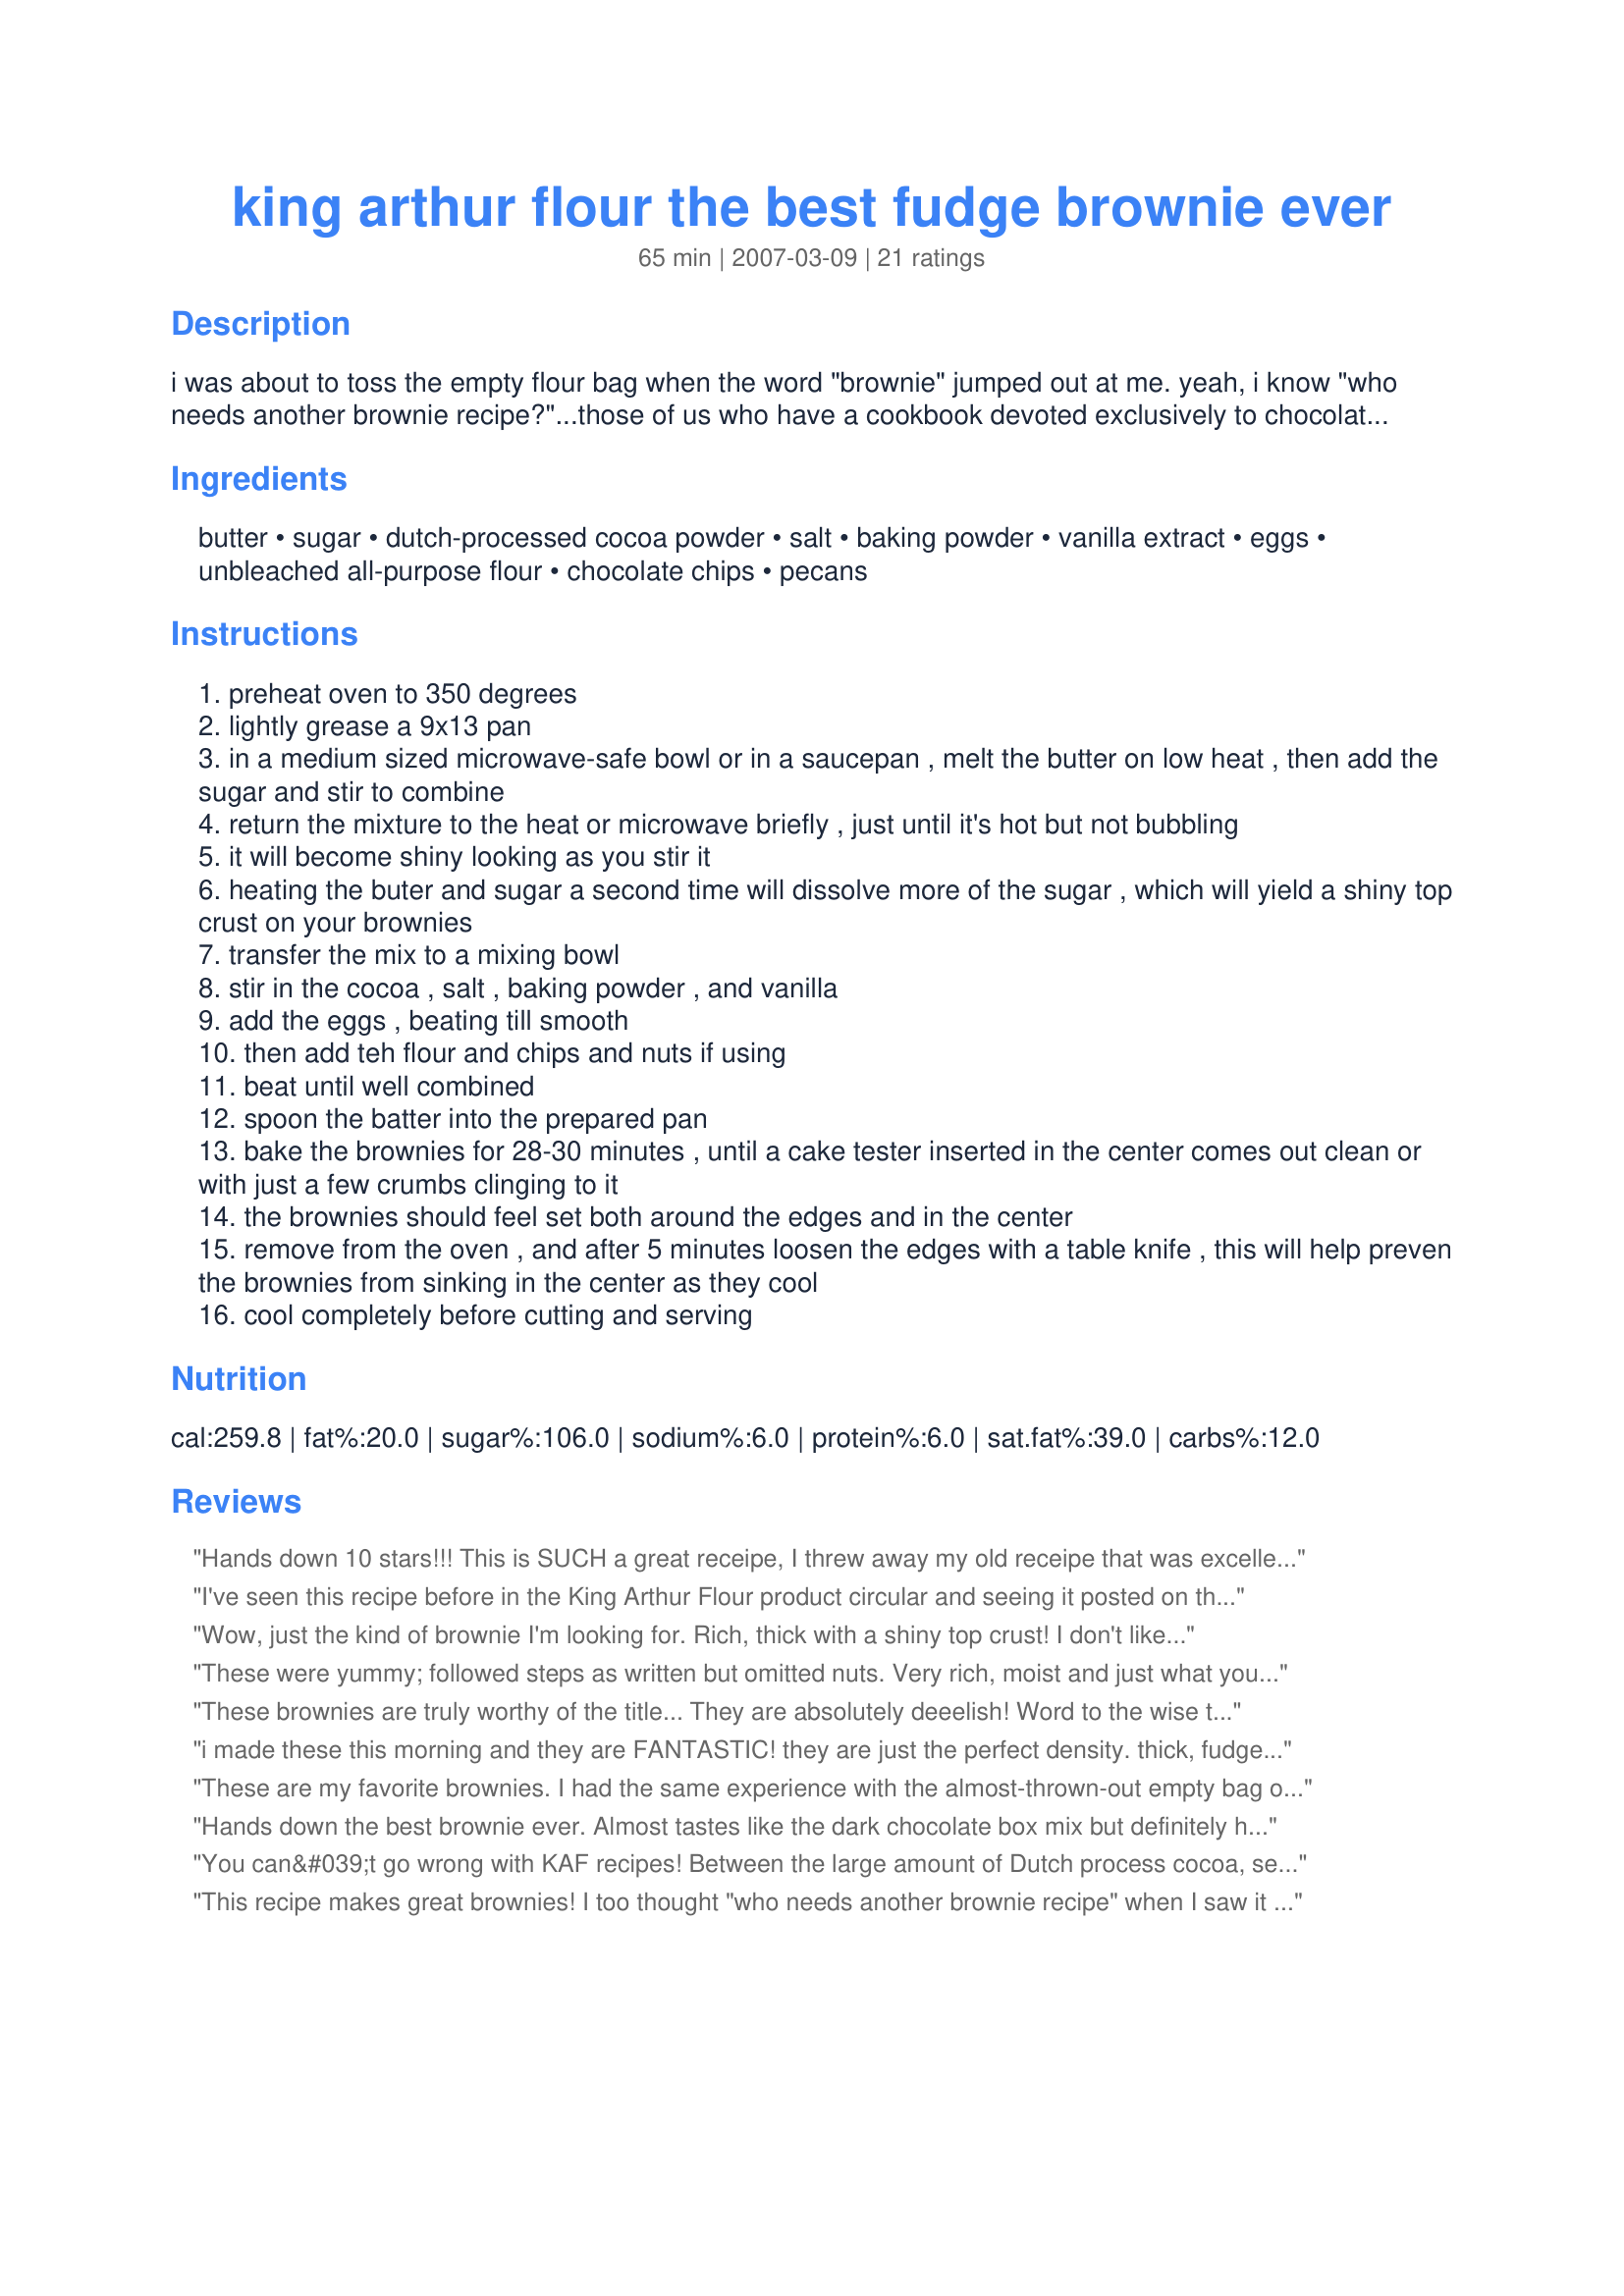
king arthur flour the best fudge brownie ever
Preparation time: 65 minutes

i was about to toss the empty flour bag when the word "brownie" jumped out at me. yeah, i know "who needs another brownie recipe?"...those of us who have a cookbook devoted exclusively to chocolate or brownies, that's who! =d

Ingredients:
butter, sugar, dutch-processed cocoa powder, salt, baking powder, vanilla extract, eggs, unbleached all-purpose flour, chocolate chips, pecans

Steps:
preheat oven to 350 degrees
lightly grease a 9x13 pan
in a medium sized microwave-safe bowl or in a saucepan , melt the butter on low heat , then add the sugar and stir to combine
return the mixture to the heat or microwave briefly , just until it's hot but not bubbling
it will become shiny looking as you stir it
heating the buter and sugar a second time will dissolve more of the sugar , which will yield a shiny top crust on your brownies
transfer the mix to a mixing bowl
stir in the cocoa , salt , baking powder , and vanilla
add the eggs , beating till smooth
then add teh flour and chips and nuts if using
beat until well combined
spoon the batter into the prepared pan
bake the brownies for 28-30 minutes , until a cake tester inserted in the center comes out clean or with just a few crumbs clinging to it
the brownies should feel set both around the edges and in the center
remove from the oven , and after 5 minutes loosen the edges with a table knife , this will help preven the brownies from sinking in the center as they cool
cool completely before cutting and serving

Reviews:
Hands down 10 stars!!! This is SUCH a great receipe, I threw away my old receipe that was excellent!! These are a chocolate lovers dream come true!!! We made home made ice-cream & put some of the brownie chunks & Oreo cookies in it...my family finished off both the brownies & ice-cream in record time! Insanely good! Plan on some extra exercise time if you make these, cuz once you taste them, it's hard to stop!!! Thanks for a new favorite!!!!
I've seen this recipe before in the King Arthur Flour product circular and seeing it posted on this site made it super-convenient to try last night! Really surprised that these weren't more sweet considering how much sugar they have in them, but they are very chocolate-ly instead. Five star taste, four stars because after completely mixing the ingredients it was so thick it would have been a brick after baking...had to add another egg and 2 tbs skim milk to get it thick but spreadable. Even better after they've cooled and sat overnight....so rich you can't talk after eating until you've had a nice, cold glass of milk to wash it down!
Wow, just the kind of brownie I'm looking for. Rich, thick with a shiny top crust! I don't like brownies that have a crumbly cake texture and if a brownie needs frosting, it's not a brownie, it's a cake! Used bittersweet chips this time and can't wait to experiment with milk choc., peanut butter and others. Thanks for posting.
These were yummy; followed steps as written but omitted nuts. Very rich, moist and just what you need for a chocolate fix. 30 minutes was right on in my oven. Adding to keeper file!
These brownies are truly worthy of the title...
They are absolutely deeelish! Word to the wise though, don't stray too far past the 30 minute mark, even if your toothpick comes out gooey.
i made these this morning and they are FANTASTIC! they are just the perfect density. thick, fudgey,chewy, moist, the ideal combination of fudgey and cakey. great great recipe!!
These are my favorite brownies. I had the same experience with the almost-thrown-out empty bag of flour. Thanks for posting!
Hands down the best brownie ever. Almost tastes like the dark chocolate box mix but definitely homemade. I dust a little sweetened cocoa on the bottom of the parchment paper and then pour in the batter. You can also mix in thin mint girl scout cookies and they are wonderful!
You can&#039;t go wrong with KAF recipes! Between the large amount of Dutch process cocoa, semi sweet chocolate chips, and 1 t espresso powder (in the original recipe), these brownies packed a heavy chocolate punch. The texture was perfect, not cakey. Next time I might adjust the chocolate factor, using milk chocolate chips or regular cocoa to dial them back a notch for my tastes. If you like deep dark chocolate flavor, this is the recipe for you! Thanks for sharing the recipe!
This recipe makes great brownies! I too thought "who needs another brownie recipe" when I saw it on my flour bag, but it has now become my recipe of choice!
After discovering this recipe this past summer, I ended up making it 5 times in about 3 weeks for different special occasions -- without a doubt the best brownie you'll ever taste! Great with bittersweet chocolate chips and walnuts as add-ins! Mahalo for posting!
I made these to take camping with us. We met family there and everyone raved about these brownies. I did not use "real" butter but substituted two sticks of I Can't Believe It's Not Butter which cut some fat but not the flavor. I also used the 60% Cacao chocolate chips and KAF's Double Dutch Process Cocoa. Absolutely delicious. No more boxed brownies for me.
I only changed one thing, replace half the flour with Bread Flour. Trust me...
I just made these using the recipe on my King Arthur Flour. They were excellent, and I'll never buy brownie mix again! I used Dark Chocolate Dutch processed cocoa which made them come out BLACK, not at all brown, like a "brownie" should be. And I was running low on sugar, so I used 1 3/4 cup regular and about 1/4 cup of brown sugar (not packed). They came out perfect... rich, but not overly sweet. I have to say... they are wrecking my diet!! Thanks for posting (you saved me the trouble!).
Boom! Been using this recipe for almost 10 years. I&#039;ve baked them with both wheat and gluten free flours. Because I have celiac disease, I only make these with gf flour and bring them to events. No one knows these are gf. I also use Hershey&#039;s Special Dark cocoa powder (difficult to find, I buy mine by the case on Amazon). Use the special dark cocoa...these brownies are *gorgeous*.
These are the BEST brownies, period. They beat brownies from a box, from the store, and my old standby, #235379. I've made more than a dozen batches of these now, and they've always been perfect! I don't have King Arthur Flour -- I used a nice strong bread flour instead. Make these today!
Made these last night. This will be my go-to recipe now for brownies. I know someone commented about &quot;thinning&quot; the batter out to get it to &quot;pour&quot; into the pan- no need for this - just spoon it in as the directions tell you to. Also, concerning cocoa, I just used regular Hershey's cocoa. The other changes I made was putting in walnuts versus pecans, and only 1 cup of chocolate chips versus 2. I can see where you could do so many different add ins with this recipe! OH!! I cut them all up this morning and processed them with my seal-a-meal and now have a supply in my freezer (it's just my husband and I)! Now I will have these yummy treats handy any time!!
fantastic brownies - very rich - never go back to the box mixes - very easy to make 

Thanks
Yes, this is a wonderful brownie recipe. Since my husband likes frosted brownies, I omit the chocolate chips and ice with hershey's perfect icing.(usually on the back of their cocoa container).<br/><br/>If you like fudgy brownies, this is the recipe for you.
These are very good brownies. Nice chocolate flavor. The texture is just perfect. Will make again. Thanks for posting.
These are the best brownies ever, they are moist and addictive, my family loves them. Thank you
